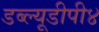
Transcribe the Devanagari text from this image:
डब्ल्यूडीपी४